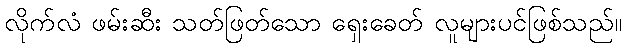
လိုက်လံ ဖမ်းဆီး သတ်ဖြတ်သော ရှေးခေတ် လူများပင်ဖြစ်သည်။